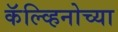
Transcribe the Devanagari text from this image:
कॅल्व्हिनोच्या